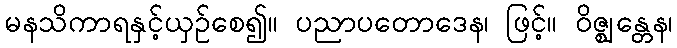
မနသိကာရနှင့်ယှဉ်စေ၍။ ပညာပတောဒေန၊ ဖြင့်။ ဝိဇ္ဈန္တေန၊